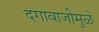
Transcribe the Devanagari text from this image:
दगाबाजीमुळे